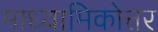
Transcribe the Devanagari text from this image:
माध्यामिकोत्तर